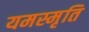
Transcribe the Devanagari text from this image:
यमस्मृति